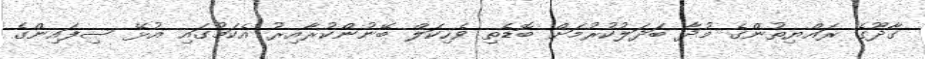
ގާދޫގެ ރައްޔިތުންގެ މުދާ ބަދަލުކުރުމަށް ބޮޑެތި ވެހިކަލް ބޭނުންކުރާއިރު އެކަމުގައި އުޅޭ ސިފައިންގެ